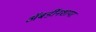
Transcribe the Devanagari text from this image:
अॅबर्डीनशायर